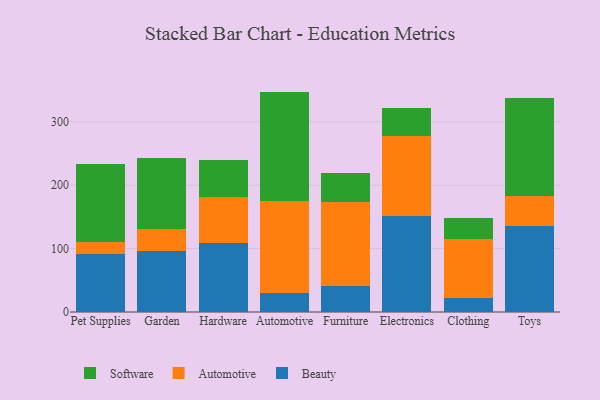
{"axis": {"x": "Category", "y": "Conversion Rate (%)"}, "legend": ["Automotive", "Beauty", "Software"], "data": [{"x": "Pet Supplies", "y": 91.3, "type": "Beauty"}, {"x": "Pet Supplies", "y": 18.8, "type": "Automotive"}, {"x": "Pet Supplies", "y": 123.3, "type": "Software"}, {"x": "Garden", "y": 95.5, "type": "Beauty"}, {"x": "Garden", "y": 34.7, "type": "Automotive"}, {"x": "Garden", "y": 112.3, "type": "Software"}, {"x": "Hardware", "y": 108.9, "type": "Beauty"}, {"x": "Hardware", "y": 72.6, "type": "Automotive"}, {"x": "Hardware", "y": 58.1, "type": "Software"}, {"x": "Automotive", "y": 29.9, "type": "Beauty"}, {"x": "Automotive", "y": 145.2, "type": "Automotive"}, {"x": "Automotive", "y": 172.5, "type": "Software"}, {"x": "Furniture", "y": 41.2, "type": "Beauty"}, {"x": "Furniture", "y": 132.1, "type": "Automotive"}, {"x": "Furniture", "y": 45.6, "type": "Software"}, {"x": "Electronics", "y": 152.2, "type": "Beauty"}, {"x": "Electronics", "y": 124.7, "type": "Automotive"}, {"x": "Electronics", "y": 45.6, "type": "Software"}, {"x": "Clothing", "y": 22.0, "type": "Beauty"}, {"x": "Clothing", "y": 92.6, "type": "Automotive"}, {"x": "Clothing", "y": 33.7, "type": "Software"}, {"x": "Toys", "y": 135.3, "type": "Beauty"}, {"x": "Toys", "y": 48.2, "type": "Automotive"}, {"x": "Toys", "y": 154.0, "type": "Software"}]}